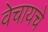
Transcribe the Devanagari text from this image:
वेचायचे